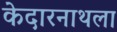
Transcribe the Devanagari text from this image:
केदारनाथला